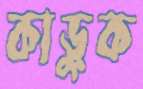
কাড়ুক